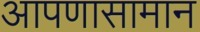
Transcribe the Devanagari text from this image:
आपणासामान